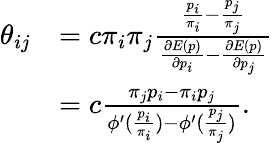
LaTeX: \begin{array}{rl}{\theta_{ij}}&{=c\pi_{i}\pi_{j}\frac{\frac{p_{i}}{\pi_{i}}-\frac{p_{j}}{\pi_{j}}}{\frac{\partial E(p)}{\partial p_{i}}-\frac{\partial E(p)}{\partial p_{j}}}}\\ &{=c\frac{\pi_{j}p_{i}-\pi_{i}p_{j}}{\phi^{\prime}(\frac{p_{i}}{\pi_{i}})-\phi^{\prime}(\frac{p_{j}}{\pi_{j}})}.}\end{array}